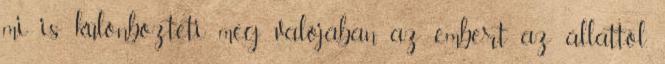
mi is különbözteti meg valójában az embert az állattól.